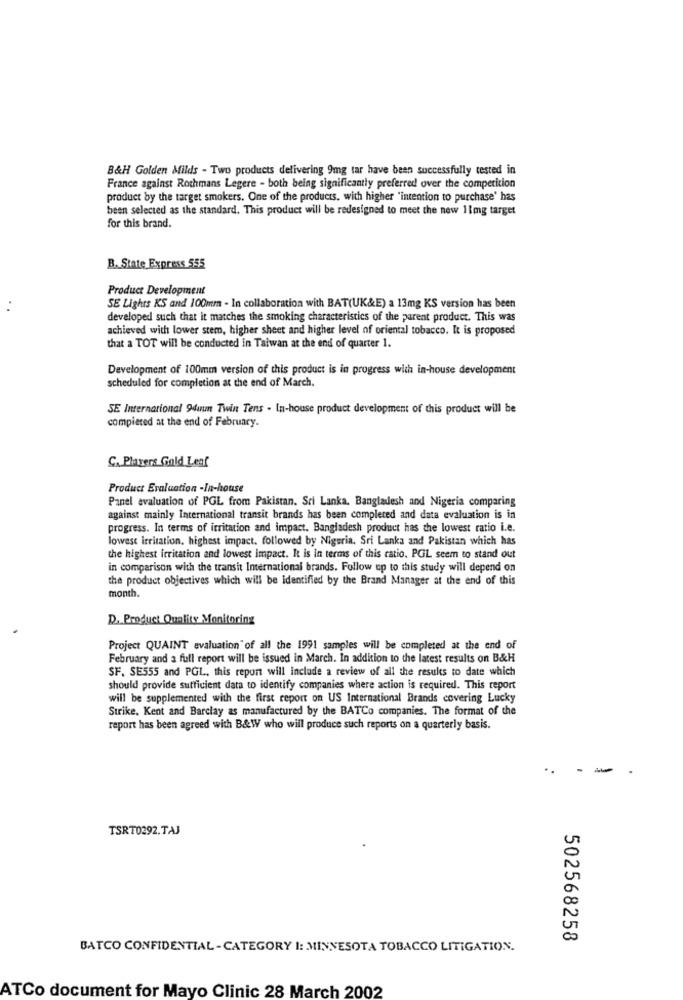
B&H Golden Milds - Two products delivering 9mg tar have been successfully tested in
France against Rothmans Legere - both being significantly preferred over the competition
product by the target smokers. One of the products, with higher "intention to purchase' has
been selected as the standard. This product will be redesigned to meet the new 11mg target
for this brand.
B. State Express 555
Product Development
SE Lights KS and 100mm - In collaboration with BAT(UK&E) a 13mg KS version has been
developed such that it matches the smoking characteristics of the parent product. This was
achieved with lower stem, higher sheet and higher level of oriental tobacco. It is proposed
that a TOT will be conducted in Taiwan at the end of quarter 1.
Development of 100mm version of this product is in progress with in-house development
scheduled for completion at the end of March.
SE International 9dun Twin Tens . In-house product development of this product will be
compiered at the end of February.
C. Plavers Gold Leaf
Product Evaluation -In-house
Panel evaluation of PGL from Pakistan, Sri Lanka, Bangladesh and Nigeria comparing
against mainly International transit brands has been completed and data evaluation is in
progress. In terms of irritation and impact. Bangladesh product has the lowest ratio i.e.
lowest irritation, highest impact. followed by Nigeria, Sri Lanka and Pakistan which has
the highest irritation and lowest impact. It is in terms of this ratio. POL seem to stand out
in comparison with the transit International brands. Follow up to this study will depend on
the product objectives which will be Identified by the Brand Manager at the end of this
month.
D. Product Quality Monitoring
Project QUAINT evaluation of all the 1991 samples will be completed at the end of
February and a full report will be issued in March. In addition to the latest results on B&H
SF. SE555 and PGL, this report will include a review of all the results to date which
should provide sufficient data to identify companies where action is required. This report
will be supplemented with the first report on US International Brands covering Lucky
Strike, Kent and Barclay as manufactured by the BATCo companies. The format of the
report has been agreed with B&W who will produce such reports on a quarterly basis.
..
TSRT0392.TAJ
502568258
BATCO CONFIDENTIAL -CATEGORY I: MINNESOTA TOBACCO LITIGATION.
ATCo document for Mayo Clinic 28 March 2002